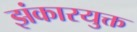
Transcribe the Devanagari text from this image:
झंकारयुक्त